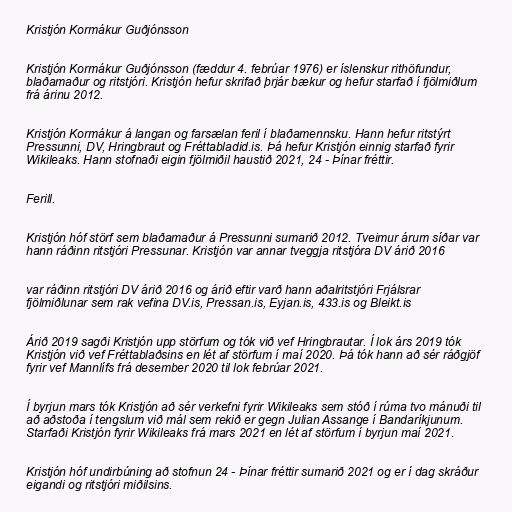
Kristjón Kormákur Guðjónsson

Kristjón Kormákur Guðjónsson (fæddur 4. febrúar 1976) er íslenskur rithöfundur,
blaðamaður og ritstjóri. Kristjón hefur skrifað þrjár bækur og hefur starfað í fjölmiðlum
frá árinu 2012.

Kristjón Kormákur á langan og farsælan feril í blaðamennsku. Hann hefur ritstýrt
Pressunni, DV, Hringbraut og Fréttabladid.is. Þá hefur Kristjón einnig starfað fyrir
Wikileaks. Hann stofnaði eigin fjölmiðil haustið 2021, 24 - Þínar fréttir.

Ferill.

Kristjón hóf störf sem blaðamaður á Pressunni sumarið 2012. Tveimur árum síðar var
hann ráðinn ritstjóri Pressunar. Kristjón var annar tveggja ritstjóra DV árið 2016

var ráðinn ritstjóri DV árið 2016 og árið eftir varð hann aðalritstjóri Frjálsrar
fjölmiðlunar sem rak vefina DV.is, Pressan.is, Eyjan.is, 433.is og Bleikt.is

Árið 2019 sagði Kristjón upp störfum og tók við vef Hringbrautar. Í lok árs 2019 tók
Kristjón við vef Fréttablaðsins en lét af störfum í maí 2020. Þá tók hann að sér ráðgjöf
fyrir vef Mannlífs frá desember 2020 til lok febrúar 2021.

Í byrjun mars tók Kristjón að sér verkefni fyrir Wikileaks sem stóð í rúma tvo mánuði til
að aðstoða í tengslum við mál sem rekið er gegn Julian Assange í Bandaríkjunum.
Starfaði Kristjón fyrir Wikileaks frá mars 2021 en lét af störfum í byrjun maí 2021.

Kristjón hóf undirbúning að stofnun 24 - Þínar fréttir sumarið 2021 og er í dag skráður
eigandi og ritstjóri miðilsins.